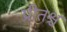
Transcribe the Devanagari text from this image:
प्रीतश्च